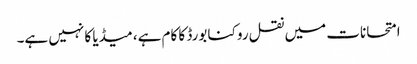
امتحانات میں نقل روکنا بورڈ کا کام ہے، میڈیا کا نہیں ہے۔